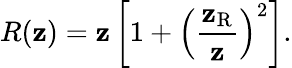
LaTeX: R(\mathbf{z})=\mathbf{z}\left[{1+{\left({\frac{{\mathbf{z}_{\mathrm{{R}}}}}{{\mathbf{z}}}}\right)}^{2}}\right].